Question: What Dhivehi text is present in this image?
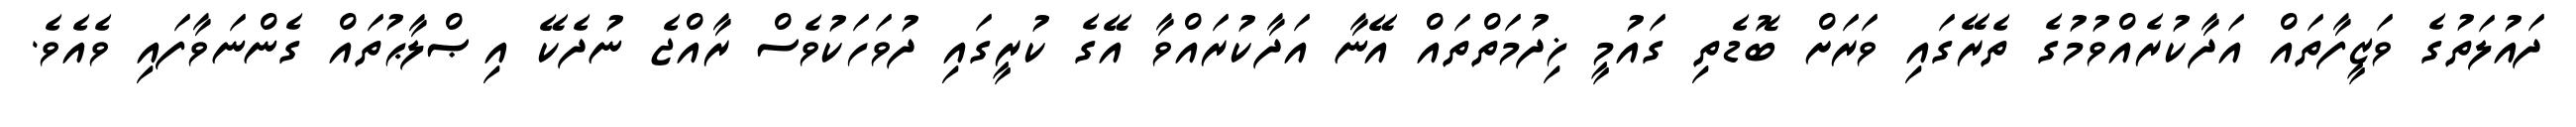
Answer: ދައުލަތުގެ ވަޒީފާތައް އަދާކުރެއްވުމުގެ ތެރޭގައި ވަރަށް ބޮޑެތި ގައުމީ ޚިދުމަތްތައް އޭނާ އަދާކުރައްވާ އޭގެ ކުރީގައި ދުވަހަކުވެސް ރާއްޖެ ނުދެކޭ އިޞްލާޙުތައް ގެންނަވާފައި ވެއެވެ.